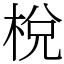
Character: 梲